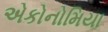
એકોનોમિયા